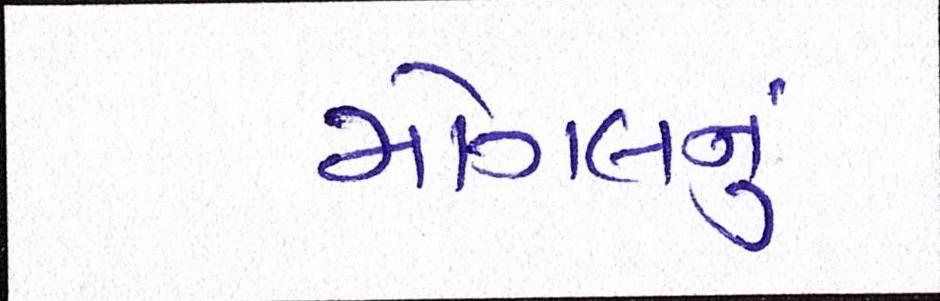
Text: મોગલનું